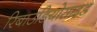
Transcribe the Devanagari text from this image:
रिबाउडियोसाइड